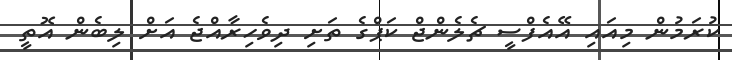
ކުރަމުން މިއައި އޭއެފްސީ ޗެލެންޖް ކަޕްގެ ތަށި ދިވެހިރާއްޖެ އަށް ލިބެން އޮތީ